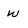
Character: w